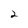
Character: 2